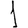
Digit: 1